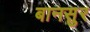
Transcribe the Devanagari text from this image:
बानसुर